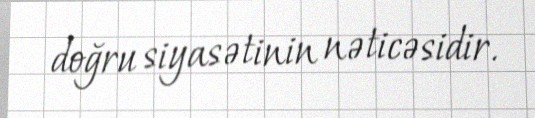
doğru siyasətinin nəticəsidir.